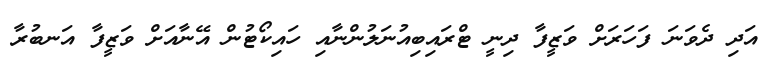
އަދި ދެވަނަ ފަހަރަށް ވަޒީފާ ދިނީ ޓްރައިބިއުނަލުންނާއި ހައިކޯޓުން އޭނާއަށް ވަޒީފާ އަނބުރާ